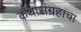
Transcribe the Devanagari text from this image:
कथासंग्रहाचा